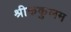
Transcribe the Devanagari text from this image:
श्रीककुलम